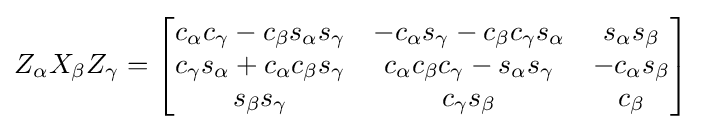
Z_{\alpha }X_{\beta }Z_{\gamma }={\begin{bmatrix}c_{\alpha }c_{\gamma }-c_{\beta }s_{\alpha }s_{\gamma }&-c_{\alpha }s_{\gamma }-c_{\beta }c_{\gamma }s_{\alpha }&s_{\alpha }s_{\beta }\\c_{\gamma }s_{\alpha }+c_{\alpha }c_{\beta }s_{\gamma }&c_{\alpha }c_{\beta }c_{\gamma }-s_{\alpha }s_{\gamma }&-c_{\alpha }s_{\beta }\\s_{\beta }s_{\gamma }&c_{\gamma }s_{\beta }&c_{\beta }\end{bmatrix}}